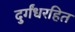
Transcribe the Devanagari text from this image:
दुर्गंधरहित